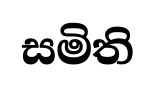
සමිති